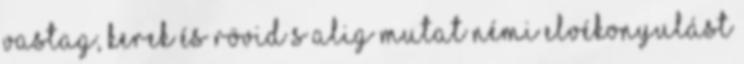
vastag, kerek és rövid s alig mutat némi elvékonyulást